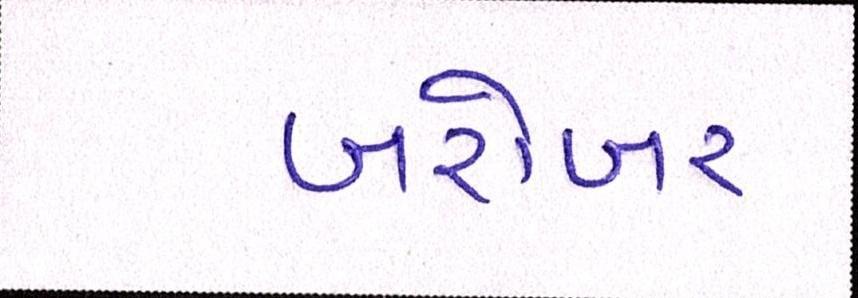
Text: બરોબર